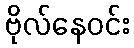
ဗိုလ်နေဝင်း